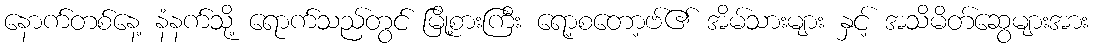
နောက်တစ်နေ့ နံနက်သို့ ရောက်သည်တွင် မြို့စားကြီး ရော့စတော့ဗ်၏ အိမ်သားများ နှင့် အသိမိတ်ဆွေများအား